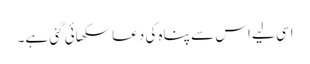
اسی لیے اس سے پناہ کی دعا سکھائی گئی ہے۔